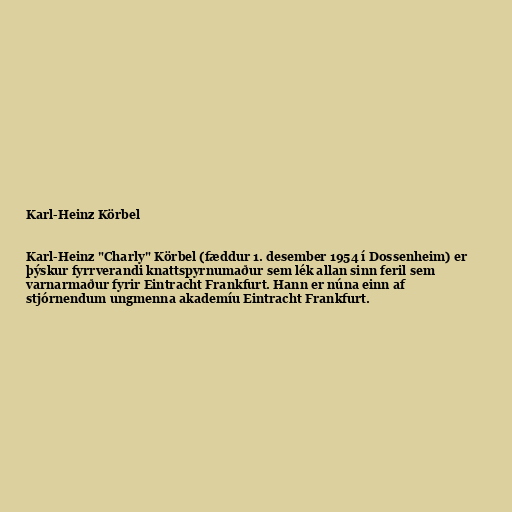
Karl-Heinz Körbel

Karl-Heinz "Charly" Körbel (fæddur 1. desember 1954 í Dossenheim) er
þýskur fyrrverandi knattspyrnumaður sem lék allan sinn feril sem
varnarmaður fyrir Eintracht Frankfurt. Hann er núna einn af
stjórnendum ungmenna akademíu Eintracht Frankfurt.